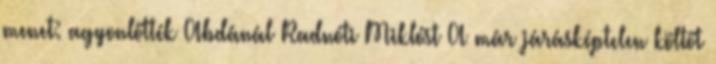
menet: agyonlőtték Abdánál Radnóti Miklóst A már járásképtelen költőt